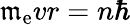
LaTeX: \mathfrak{m}_{\mathrm{{e}}}vr=n\hbar